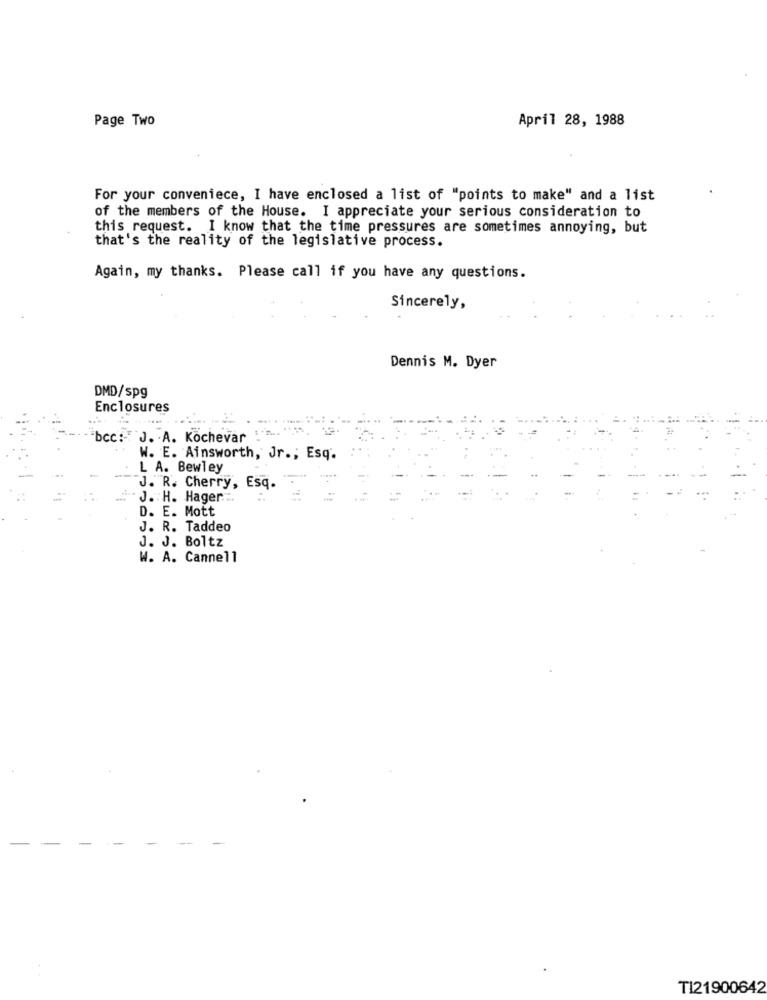
Page Two
April 28, 1988
For your conveniece, I have enclosed a list of "points to make" and a list
of the members of the House. I appreciate your serious consideration to
this request. I know that the time pressures are sometimes annoying, but
that's the reality of the legislative process.
Again, my thanks. Please call if you have any questions.
Sincerely,
Dennis M. Dyer
DMD/spg
Enclosures
bcc: J. A. Kochevar
W. E. Ainsworth, Jr .; Esq.
L A. Bewley
J. R. Cherry, Esq.
J. H. Hager :.
D. E. Mott
J. R. Taddeo
J. J. Boltz
W. A. Cannell
T121900642